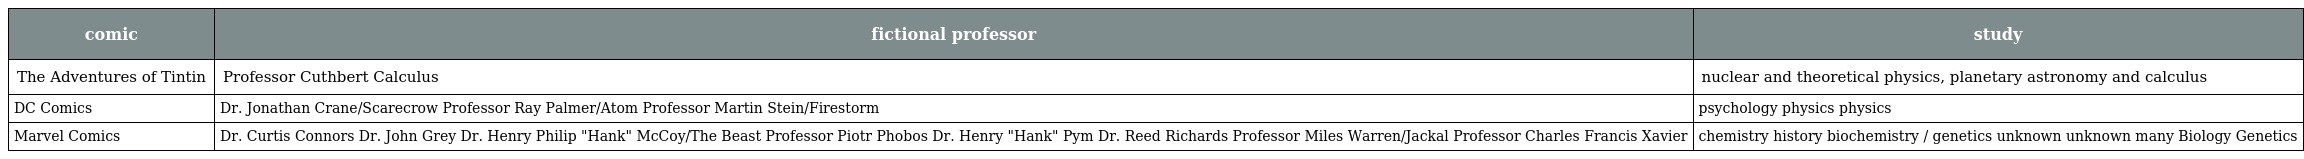
| comic | fictional professor | study |
 | --- | --- | --- |
 | The Adventures of Tintin | Professor Cuthbert Calculus | nuclear and theoretical physics, planetary astronomy and calculus |
 | DC Comics | Dr. Jonathan Crane/Scarecrow Professor Ray Palmer/Atom Professor Martin Stein/Firestorm | psychology physics physics |
 | Marvel Comics | Dr. Curtis Connors Dr. John Grey Dr. Henry Philip "Hank" McCoy/The Beast Professor Piotr Phobos Dr. Henry "Hank" Pym Dr. Reed Richards Professor Miles Warren/Jackal Professor Charles Francis Xavier | chemistry history biochemistry / genetics unknown unknown many Biology Genetics |